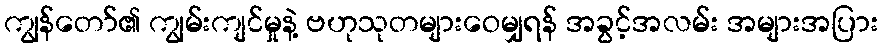
ကျွန်တော်၏ ကျွမ်းကျင်မှုနဲ့ ဗဟုသုတများဝေမျှရန် အခွင့်အလမ်း အများအပြား